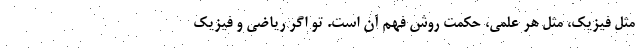
مثل فیزیک، مثل هر علمی، حکمت روش فهم آن است. تو اگر ریاضی و فیزیک